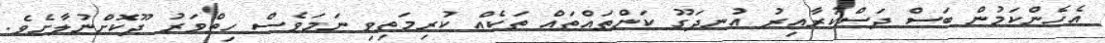
އެހެންކަމުން ބަސް ދަސްކުރާއިރު އުނދަގޫ ކަންތައްތައް ތަކެއް ކުރިމަތިވި ނަމަވެސް ހިތްވަރު ދޫކޮށްނުލާށެވެ.